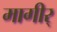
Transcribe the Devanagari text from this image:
मागीर्